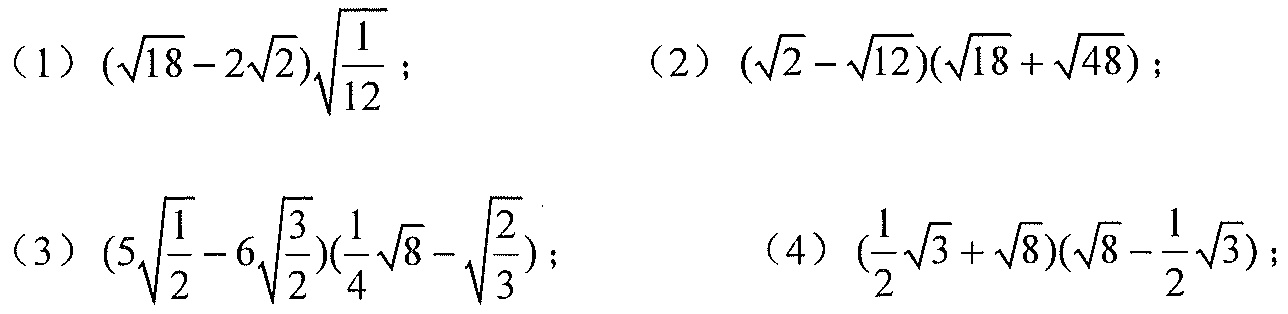
（1）$(\sqrt{18}-2\sqrt{2})\sqrt{\frac{1}{12}}$；  （2）$(\sqrt{2}-\sqrt{12})(\sqrt{18}+\sqrt{48})$；
（3）$(5\sqrt{\frac{1}{2}} - 6\sqrt{\frac{3}{2}})(\frac{1}{4}\sqrt{8}-\sqrt{\frac{2}{3}})$； （4）$(\frac{1}{2}\sqrt{3}+\sqrt{8})(\sqrt{8}-\frac{1}{2}\sqrt{3})$；